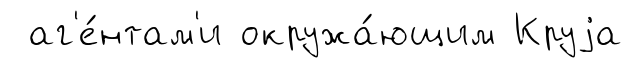
аг'е́нтам'и окружа́ющим Круjа